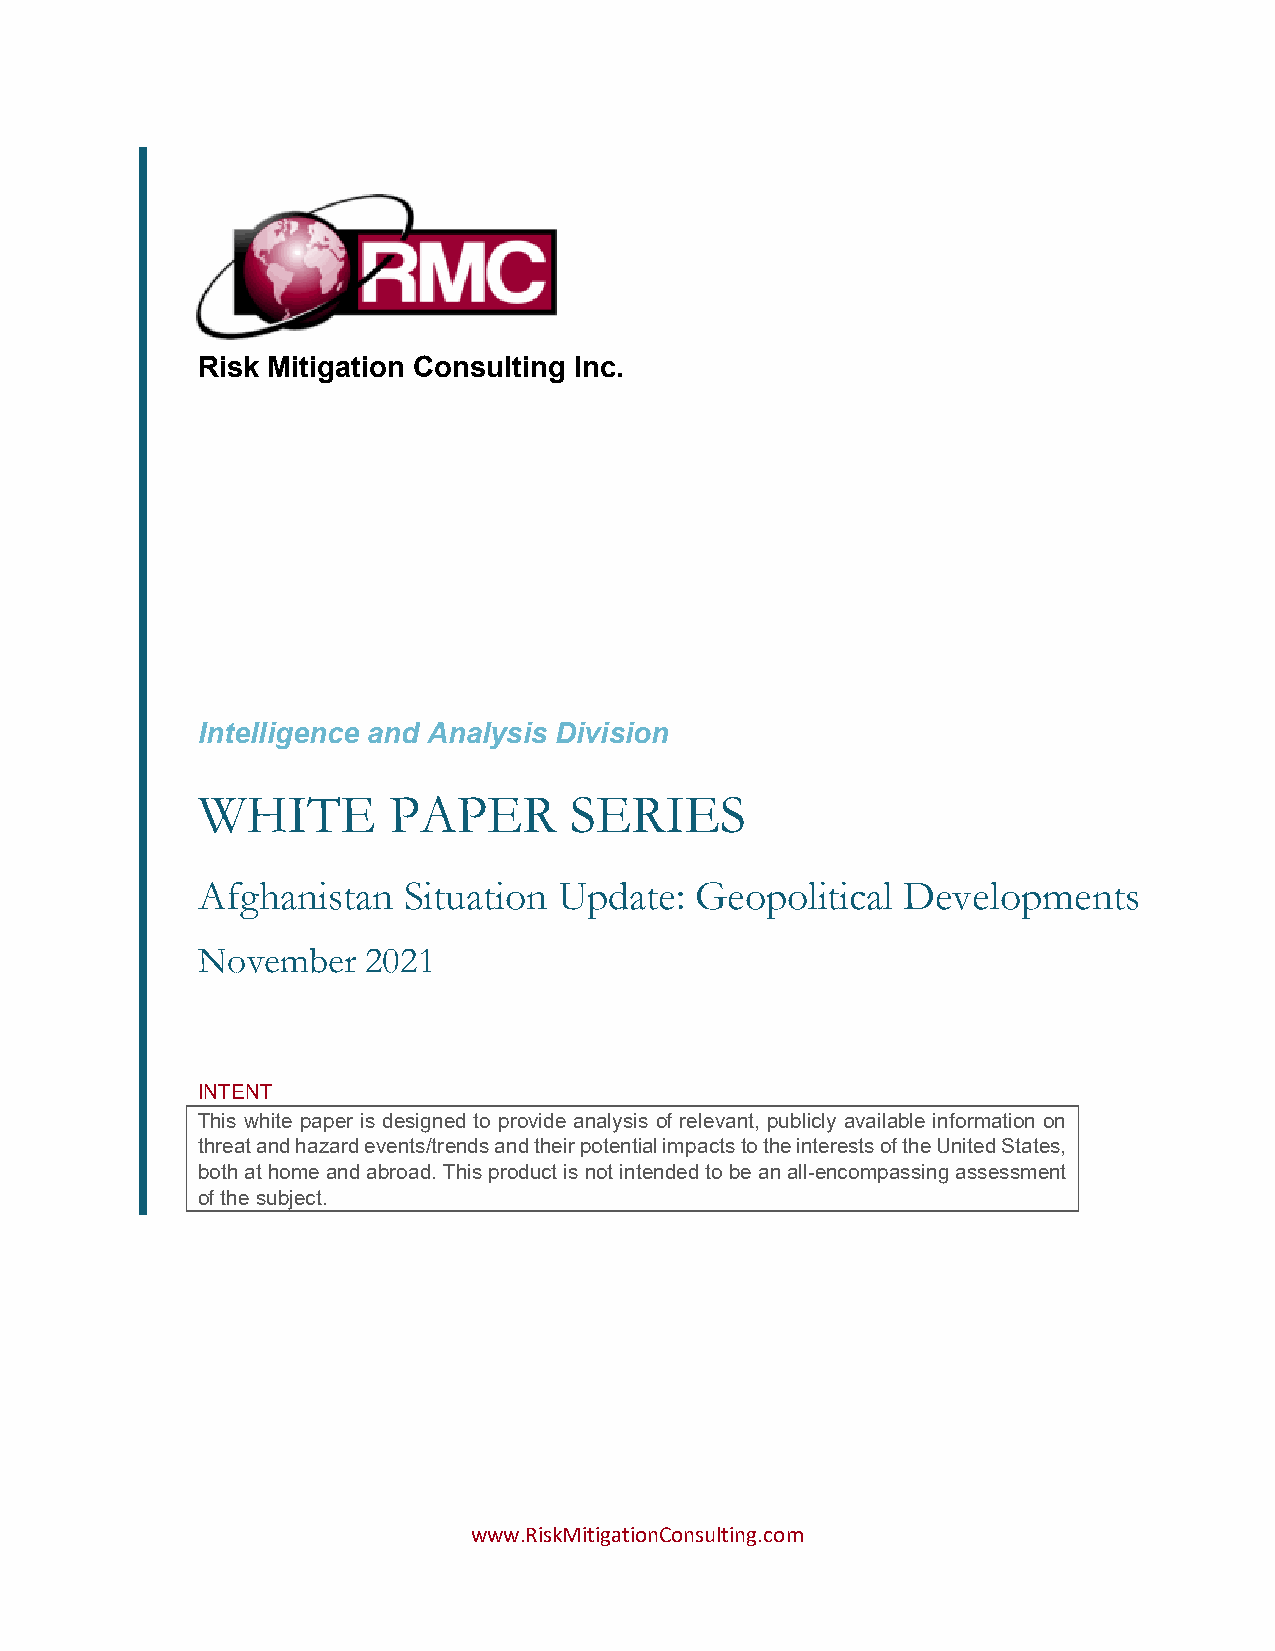
Risk Mitigation Consulting Inc.
 Intelligence and Analysis Division
 WHITE        PAPER       SERIES
 Afghanistan   Situation Update:  Geopolitical  Developments
 November   2021
 INTENT
 This white paper is designed to provide analysis of relevant, publicly available information on
 threat and hazard events/trends and their potential impacts to the interests of the United States,
 both at home and abroad. This product is not intended to be an all-encompassing assessment
 of the subject.
 www.RiskMitigationConsulting.com